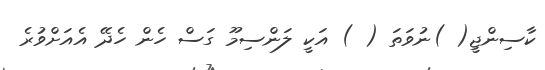
ކާސިންޖީ( )ނުވަތަ ( ) އަކީ ލަންސިމޫ ގަސް ހެން ހެދޭ އެއަށްވުރެ